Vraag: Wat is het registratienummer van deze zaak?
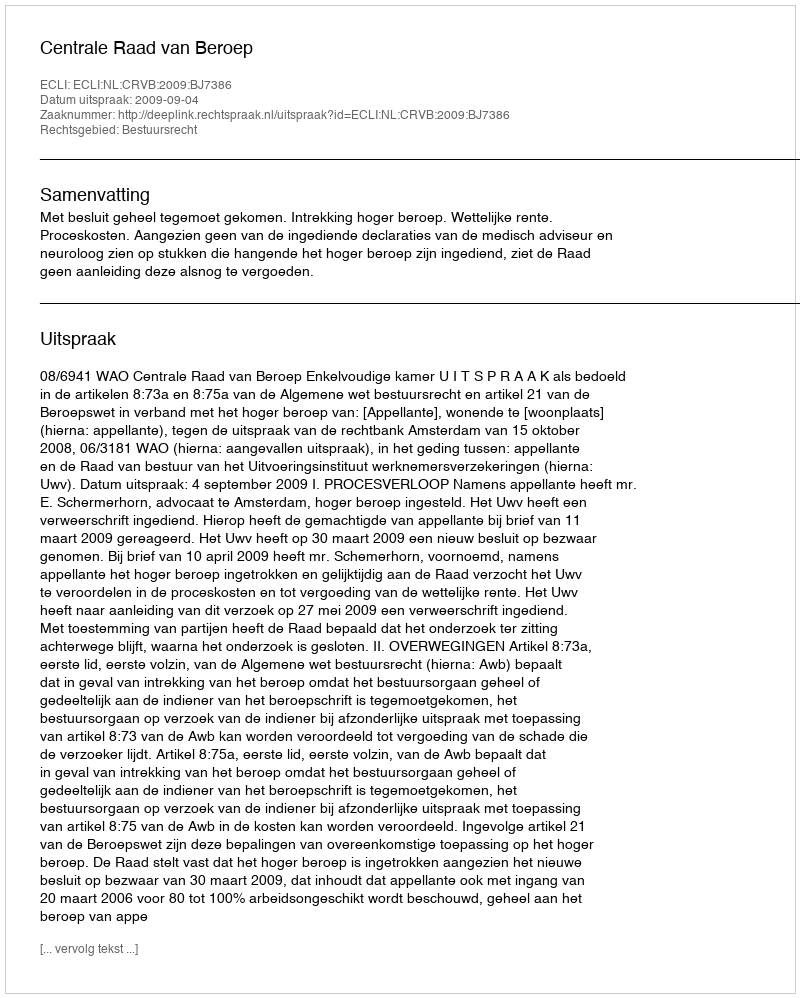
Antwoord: http://deeplink.rechtspraak.nl/uitspraak?id=ECLI:NL:CRVB:2009:BJ7386